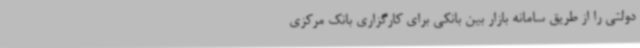
دولتی را از طریق سامانه بازار بین‌ بانکی برای کارگزاری بانک مرکزی